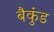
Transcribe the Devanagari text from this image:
बैकुंड